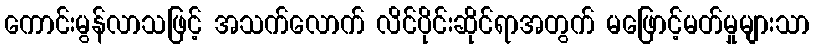
ကောင်းမွန်လာသဖြင့် အသက်လောက် လိင်ပိုင်းဆိုင်ရာအတွက် မဖြောင့်မတ်မှုများသာ